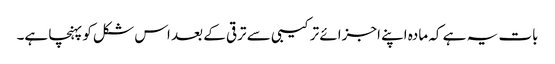
بات یہ ہے کہ مادہ اپنے اجزائے ترکیبی سے ترقی کے بعد اس شکل کو پہنچا ہے۔